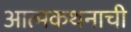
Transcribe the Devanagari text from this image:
आत्मकथनाची